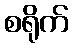
စရိုက်